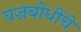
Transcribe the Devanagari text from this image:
वज्रबोधींचे